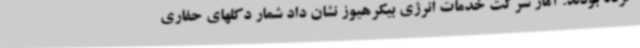
کرده بودند. آمار شرکت خدمات انرژی بیکرهیوز نشان داد شمار دکلهای حفاری